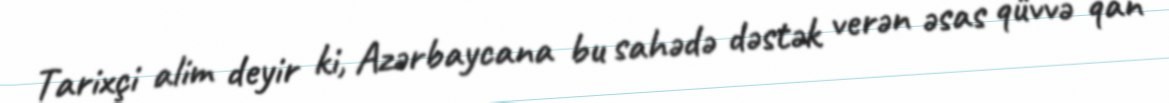
Tarixçi alim deyir ki, Azərbaycana bu sahədə dəstək verən əsas qüvvə qan